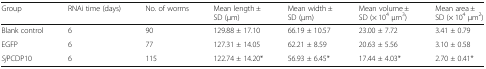
<table><thead><tr><td><b>Group</b></td><td><b>RNAi time (days)</b></td><td><b>No. of worms</b></td><td><b>Mean length ± SD (μm)</b></td><td><b>Mean width ± SD (μm)</b></td><td><b>Mean volume ± SD (× 10<sup>4</sup> μm<sup>3</sup>)</b></td><td><b>Mean area ± SD (× 10<sup>4</sup> μm<sup>2</sup>)</b></td></tr></thead><tbody><tr><td>Blank control</td><td>6</td><td>90</td><td>129.88 ± 17.10</td><td>66.19 ± 10.57</td><td>23.00 ± 7.72</td><td>3.41 ± 0.79</td></tr><tr><td>EGFP</td><td>6</td><td>77</td><td>127.31 ± 14.05</td><td>62.21 ± 8.59</td><td>20.63 ± 5.56</td><td>3.10 ± 0.58</td></tr><tr><td><i>Sj</i>PCDP10</td><td>6</td><td>115</td><td>122.74 ± 14.20*</td><td>56.93 ± 6.45*</td><td>17.44 ± 4.03*</td><td>2.70 ± 0.41*</td></tr></tbody></table>